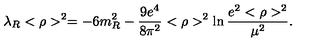
\lambda _ { R } < \rho > ^ { 2 } = - 6 m _ { R } ^ { 2 } - \frac { 9 e ^ { 4 } } { 8 \pi ^ { 2 } } < \rho > ^ { 2 } \ln \frac { e ^ { 2 } < \rho > ^ { 2 } } { \mu ^ { 2 } } .